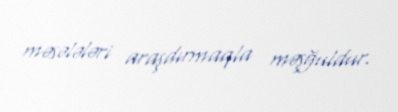
məsələləri araşdırmaqla məşğuldur.